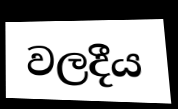
වලදීය